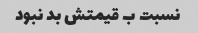
نسبت ب قیمتش بد نبود